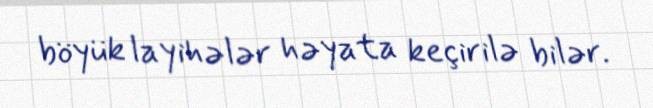
böyük layihələr həyata keçirilə bilər.